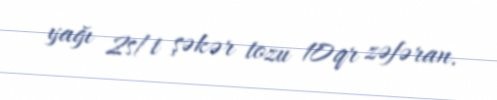
yağı 2s/t şəkər tozu 10qr zəfəran.